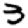
Digit: 3